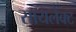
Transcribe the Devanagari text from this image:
सायलेक्ट